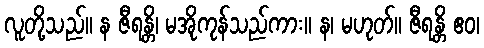
လူတို့သည်။ န ဇီရန္တိ၊ မအိုကုန်သည်ကား။ န၊ မဟုတ်။ ဇီရန္တိ ဧဝ၊